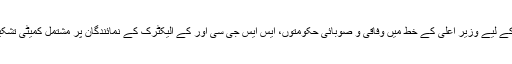
یہ غیر معمولی مسئلہ حل کرنے کے لیے وزیر اعلیٰ کے خط میں وفاقی و صوبائی حکومتوں، ایس ایس جی سی اور کے الیکٹرک کے نمائندگان پر مشتمل کمیٹی تشکیل دینے کی سفارش بھی کی گئی۔